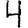
Digit: 4